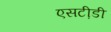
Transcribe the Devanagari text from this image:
एसटी़डी